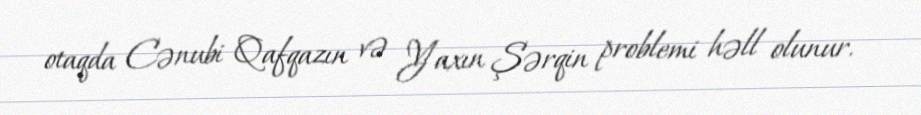
otaqda Cənubi Qafqazın və Yaxın Şərqin problemi həll olunur.